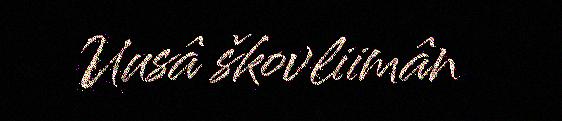
Uusâ škovliimân